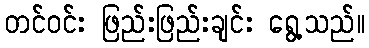
တင်ဝင်း ဖြည်းဖြည်းချင်း ရွေ့သည်။